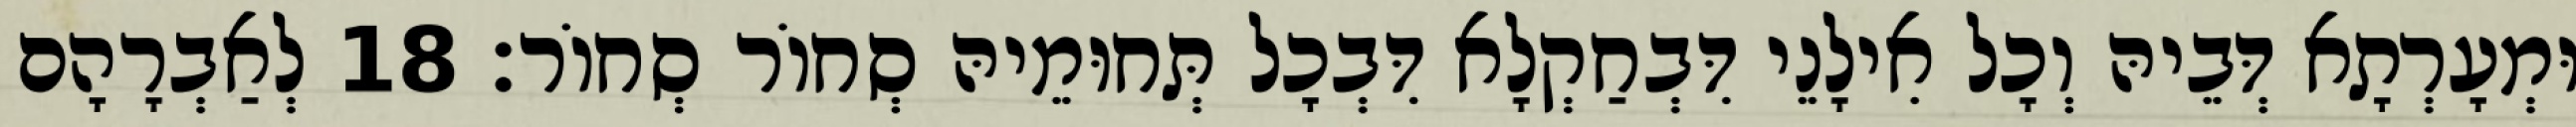
וּמְעָרְתָא דְּבֵיהּ וְכָל אִילָנֵי דִּבְחַקְלָא דִּבְכָל תְּחוּמֵיהּ סְחוֹר סְחוֹר׃ 18 לְאַבְרָהָם